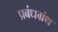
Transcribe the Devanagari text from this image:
प्रबंधग्रंथ